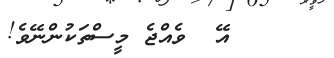
އޭ  ވެއްޖެ މީސްތަކުންނޭވެ!